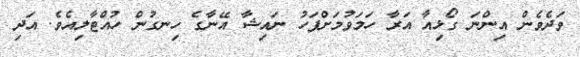
ވަދެވެން އިންނަ ގޯޅިއާ އަރާ ހަމަވުމަށްފަހު ނައިޝާ އޭނާގެ ހިނގުން ހުއްޓާލިއެވެ. އަދި